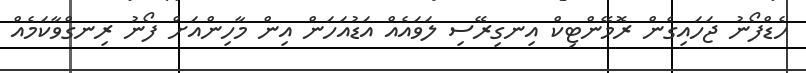
ހެޑްފޯނު ޖަހައިގެން ރޮމޭންޓިކް އިނގިރޭސި ލަވައެއް އަޑުއަހަން އިން މާހިންއަށް ފޯނު ރިނގްވާކަމެއް